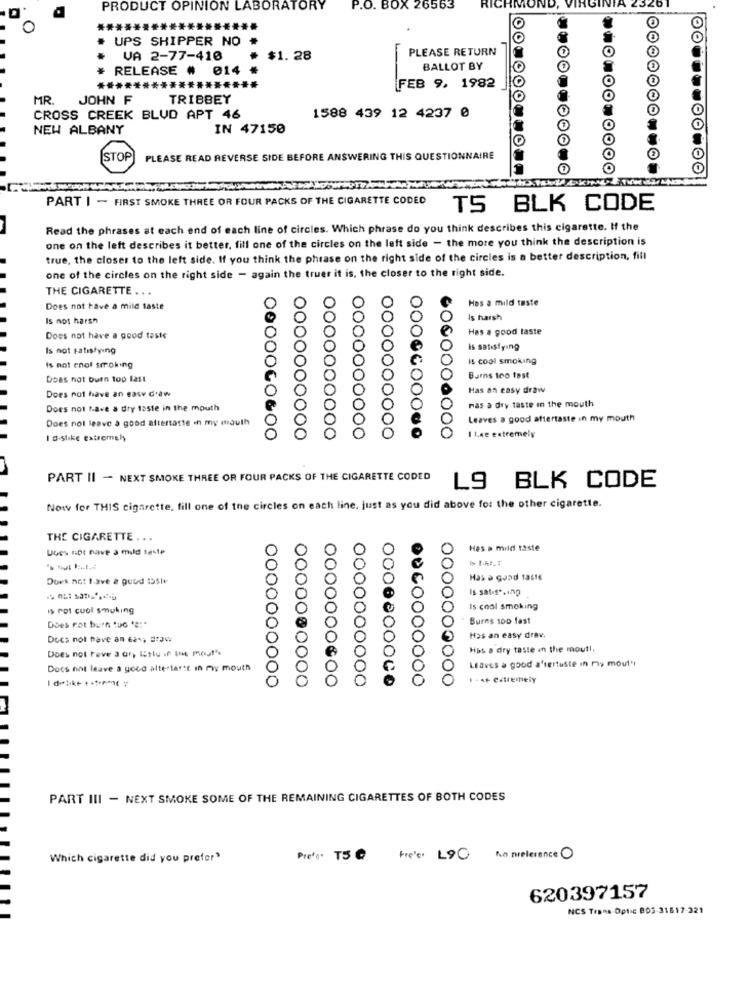
PRODUCT OPINION LABORATORY
P.O. BOX 26563
RICI
UPS SHIPPER NO
PLEASE RETURN
VA 2-77-410
$1.28
RELEASE # 014 *
BALLOT BY
OO.O
******************
FEB 9. 1982
MR.
JOHN F
TRIBBEY
CROSS CREEK BLUD APT 46
1588 439 12 4237 0
NEW ALBANY
IN 47150
STOP
PLEASE READ REVERSE SIDE BEFORE ANSWERING THIS QUESTIONNAIRE
PART I - FIRST SMOKE THREE OR FOUR PACKS OF THE CIGARETTE CODED
TS BLK CODE
Read the phrases at each end of each line of circles. Which phrase do you think describes this cigarette. If the
one on the left describes it better, fill one of the circles on the left side - the more you think the description is
true, the closer to the left side. If you think the phrase on the right side of the circles is a better description, fill
one of the circles on the right side - again the truer it is, the closer to the right side.
THE CIGARETTE ..
0
Has a mild teste
Does not have a mile taste
Is not harsh
Is harsh
Has a good taste
Does not have a good taste
Is not satisfying
is satisfying
Is cool smoking
is not enol smoking
Does not burn too last
Burns too tost
Has an easy draw
Does not have an easy craw
Does not have a dry taste in the mouth
nas a dry taste in the mouth
Does not leave a good aftertaste in my mouth
Leaves a good aftertaste in my mouth
1 0.slike Extremely
O&00
0000000000
6060000000
I Lne extremely
PART II - NEXT SMOKE THREE OR FOUR PACKS OF THE CIGARETTE CODED
L9 BLK CODE
Now for THIS cigarette, fill one of the circles on each line, just as you did above for the other cigarette.
THE CIGARETTE ...
UGes not nave a mild teste
Has a mild taste
Does not t.ave 2 guud 155le
Has a gond tas16
Is satis".inp
is rot cool smoking
Is coal smoking
Burns 100 fast
Does not burn tuo 's :*
Does not have an cata draw
Has an easy drav.
Does not reve a or, Etlu if Ine mos!".
Has a dry taste in the mout !.
Leaves a good a'tertuste in my mout"
Docs not leave a goco altertarte in my mouth
0000000000
1 . a+ extremely
I datik+ + *** em Y
0000000000
PART III - NEXT SMOKE SOME OF THE REMAINING CIGARETTES OF BOTH CODES
Which cigarette did you prefer"
Prete' T5@ Pres L90 No nielerance O
620397157
NCS Trans Optic 80S.31617-321